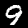
Digit: 9